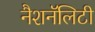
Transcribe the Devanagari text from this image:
नैशनॅलिटी